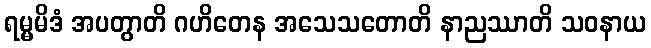
ရမ္မမိဒံ အပတွာတိ ဂဟိတေန အသေသတောတိ နာညဿာတိ သဝနာယ